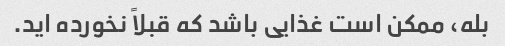
بله، ممکن است غذایی باشد که قبلاً نخورده اید.